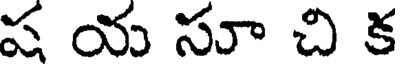
ష య సూ చి క